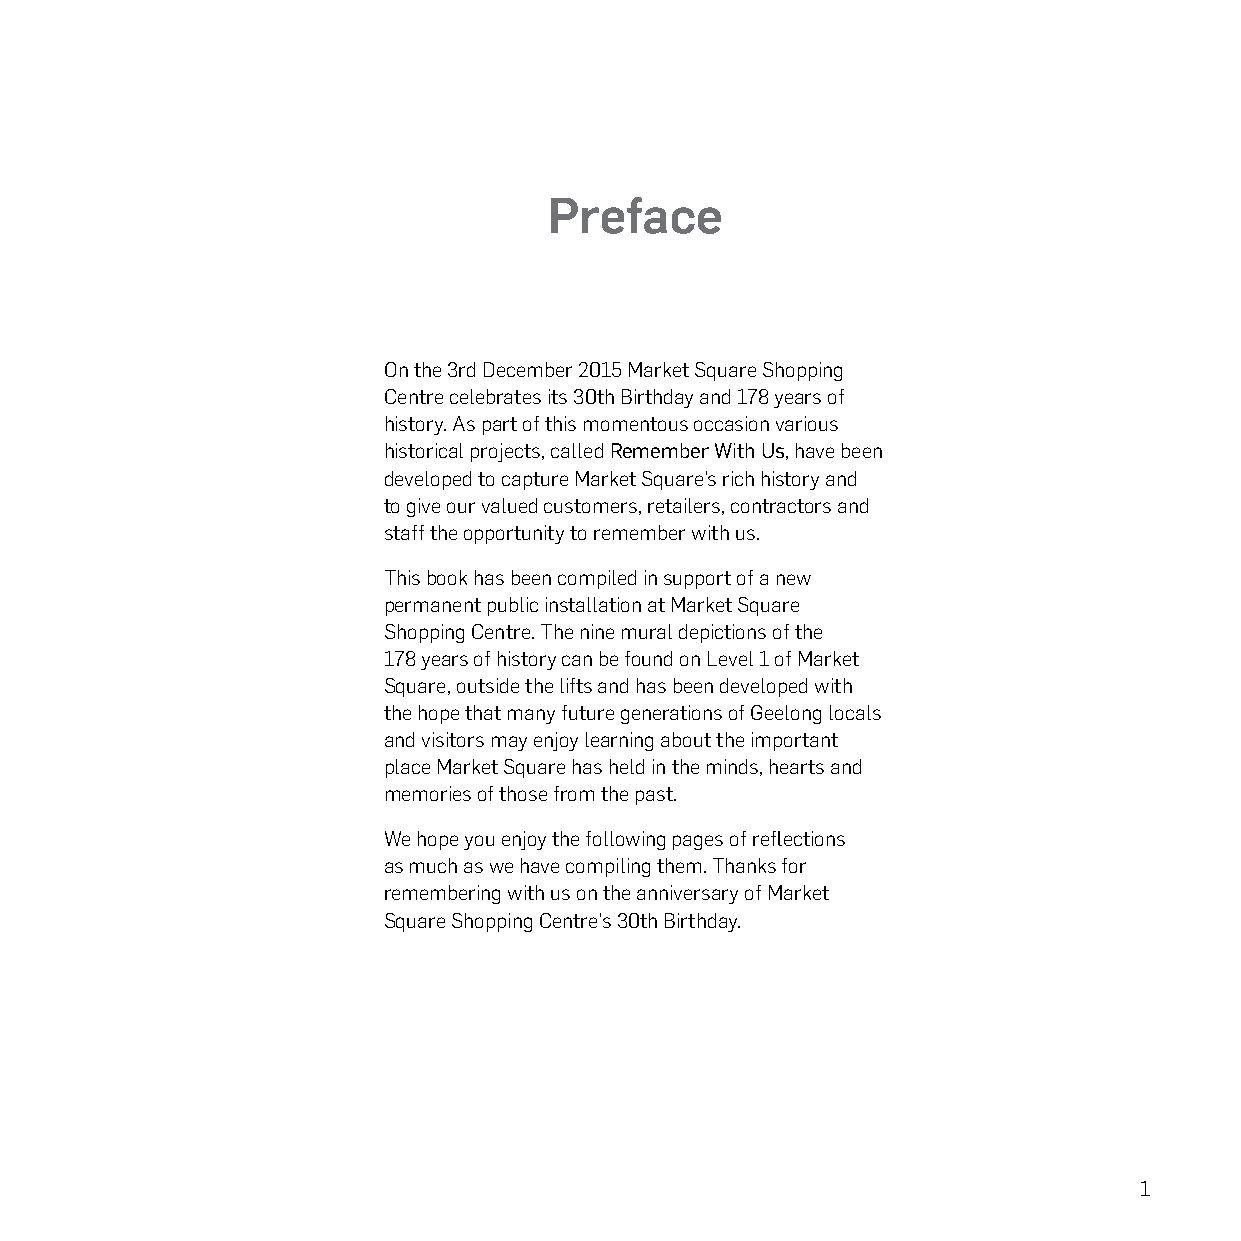
Preface
 On the 3rd December 2015 Market Square Shopping
 Centre celebrates its 30th Birthday and 178 years of
 history. As part of this momentous occasion various
 historical projects, called Remember With Us, have been
 developed to capture Market Square’s rich history and
 to give our valued customers, retailers, contractors and
 staff the opportunity to remember with us.
 This book has been compiled in support of a new
 permanent public installation at Market Square
 Shopping Centre. The nine mural depictions of the
 178 years of history can be found on Level 1 of Market
 Square, outside the lifts and has been developed with
 the hope that many future generations of Geelong locals
 and visitors may enjoy learning about the important
 place Market Square has held in the minds, hearts and
 memories of those from the past.
 We hope you enjoy the following pages of reflections
 as much as we have compiling them. Thanks for
 remembering with us on the anniversary of Market
 Square Shopping Centre’s 30th Birthday.
 1